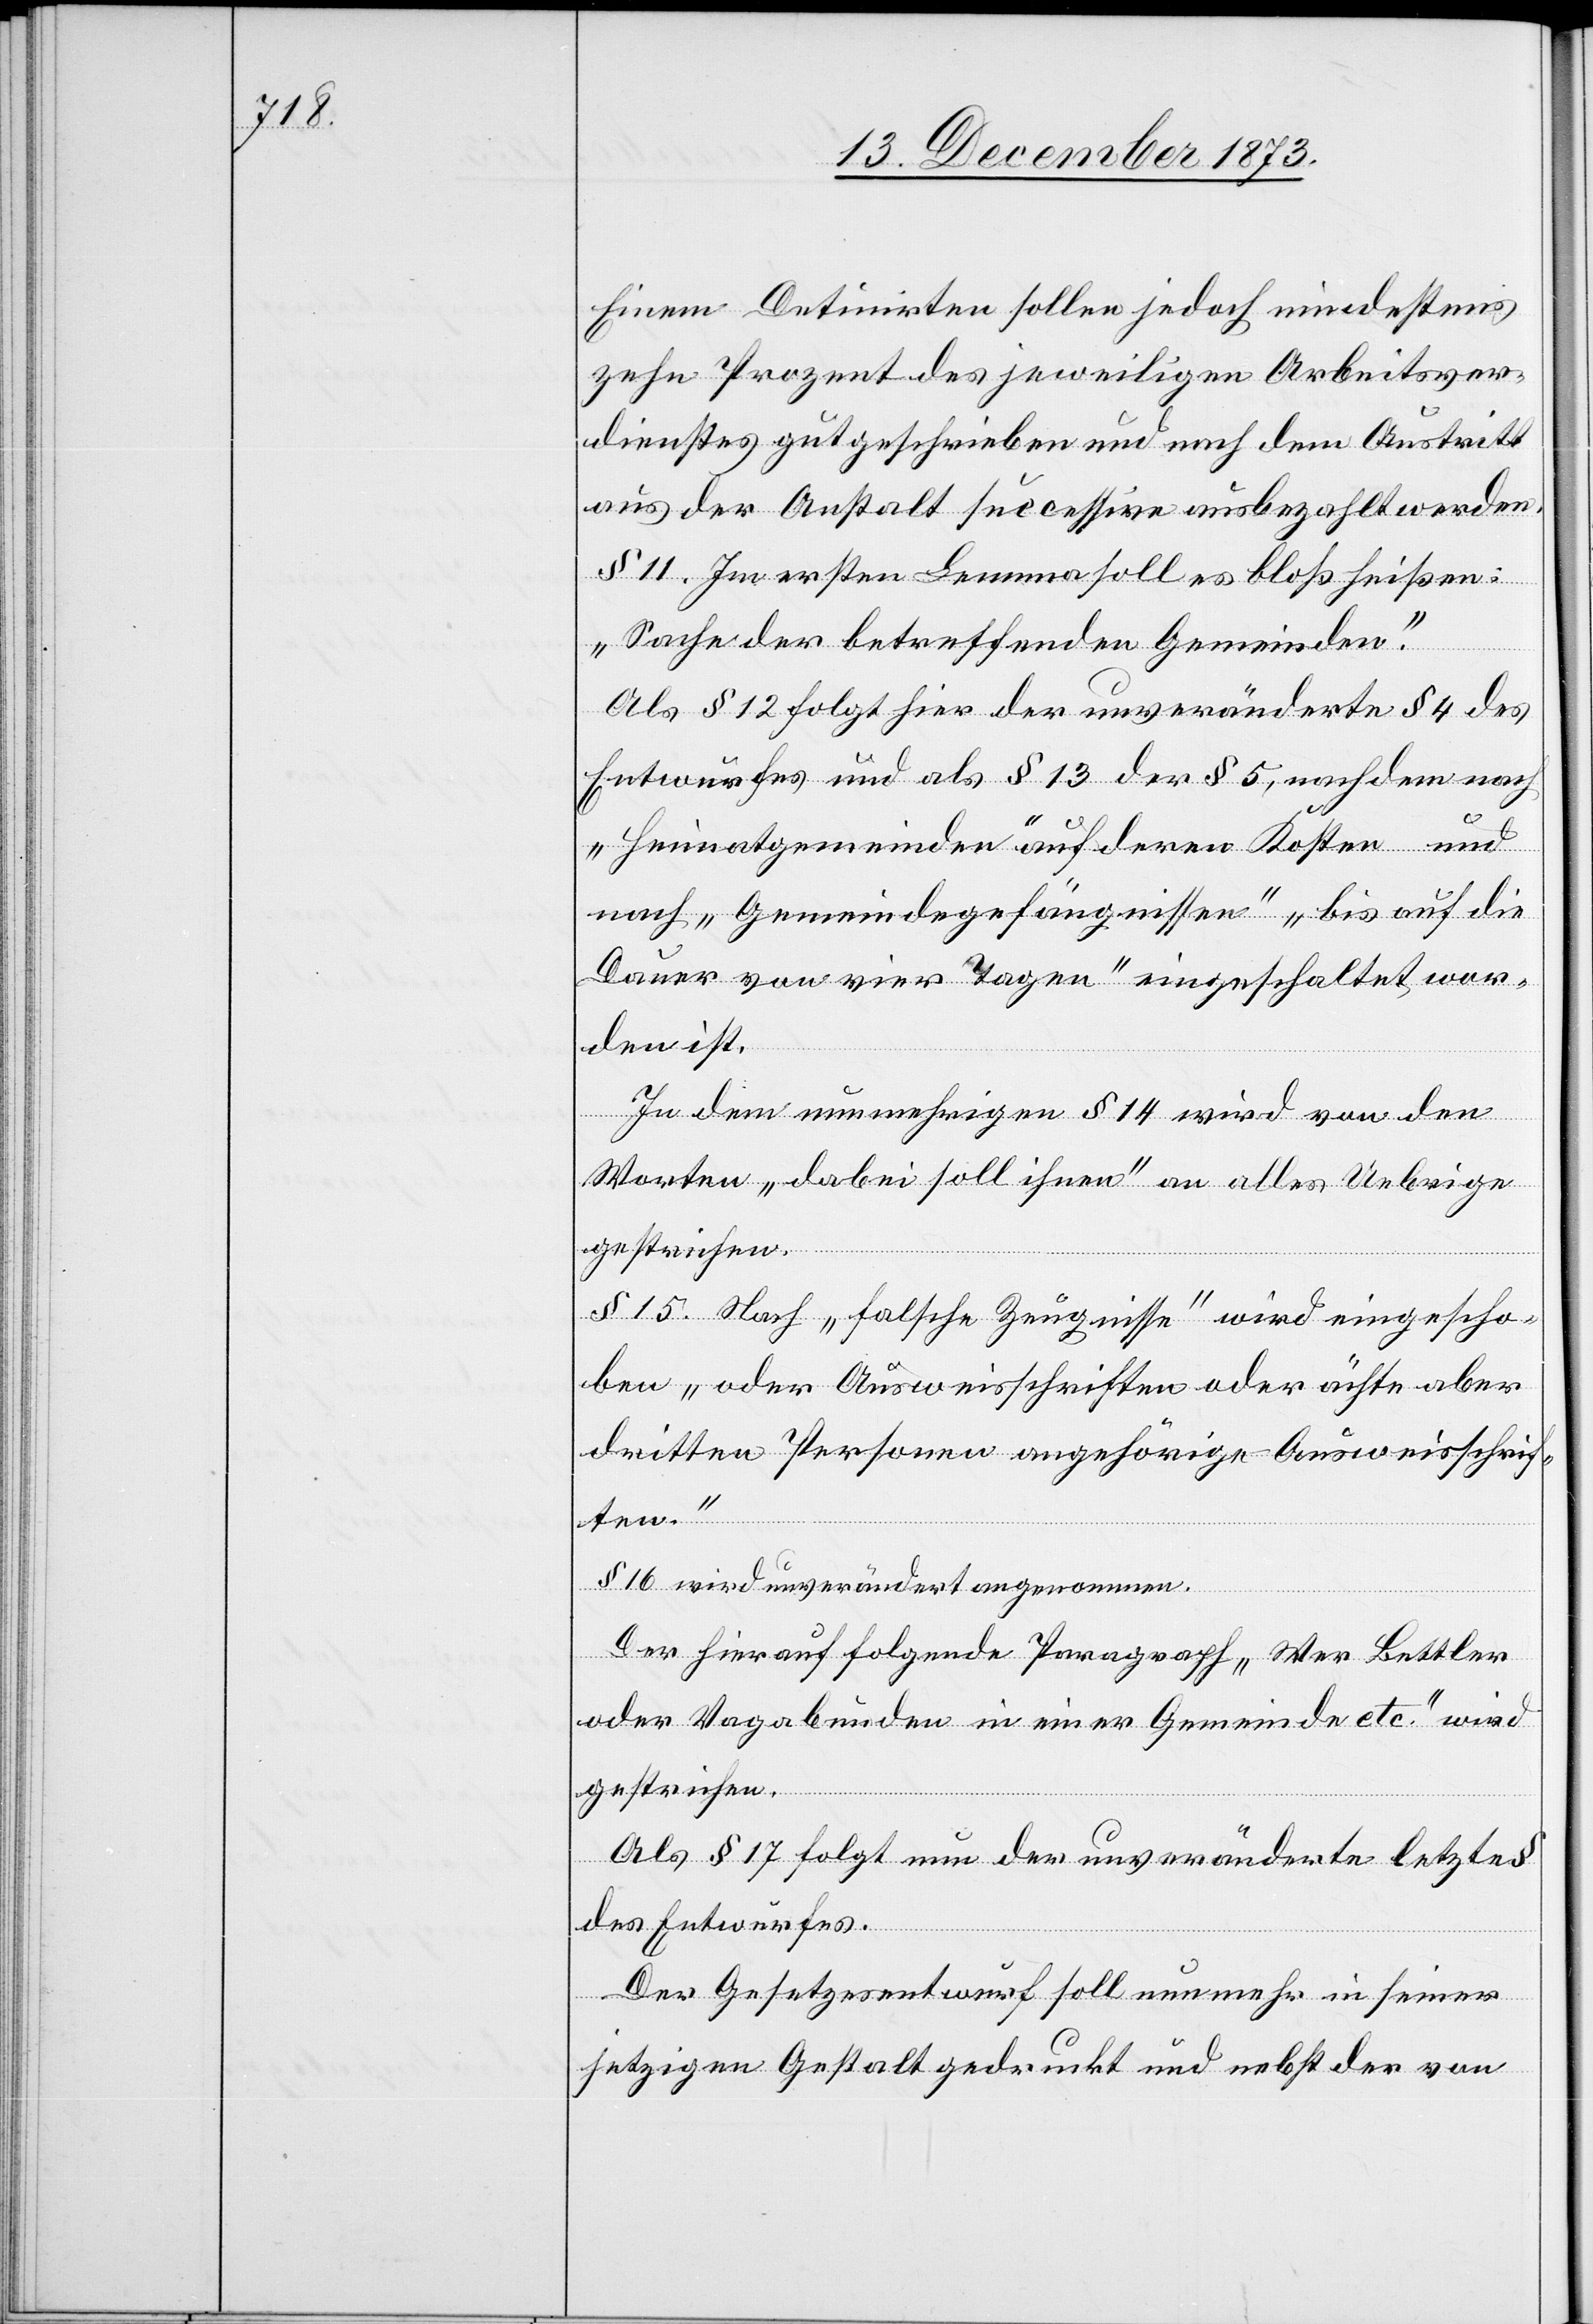
Einem Detinirten sollen jedoch mindestens
zehn Prozent des jeweiligen Arbeitsver¬
dienstes gutgeschrieben und nach dem Austritt
aus der Anstalt successive ausbezahlt werden.
§ 11. Im ersten Lemma soll es bloß heißen:
„Sache der betreffenden Gemeinden.“
Als § 12 folgt hier der unveränderte § 4 des
Entwurfes und als § 13 der § 5, nachdem nach
„Heimatgemeinden“ auf deren Kosten und
nach „Gemeindegefängnissen“ „bis auf die
Dauer von vier Tagen“ eingeschaltet wor¬
den ist.
In dem nunmehrigen § 14 wird von den
Worten „dabei soll ihnen“ an alles Uebrige
gestrichen.
§ 15. Nach „falsche Zeugnisse“ wird eingescho¬
ben „oder Ausweisschriften oder ächte aber
dritten Personen angehörige Ausweisschrif¬
ten.“
§ 16 wird unverändert angenommen.
Der hierauf folgende Paragraph „Wer Bettler
oder Vagabunden in einer Gemeinde etc.“ wird
gestrichen.
Als § 17 folgt nun der unveränderte letzte
des Entwurfes.
Der Gesetzesentwurf soll nunmehr in seiner
jetzigen Gestalt gedruckt und nebst der von